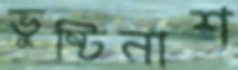
ভুষ্টিনাশ